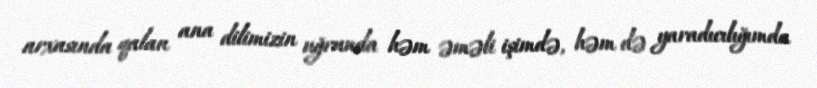
arxasında qalan ana dilimizin uğrunda həm əməli işimdə, həm də yaradıcılığımda